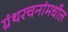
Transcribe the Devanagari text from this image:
ग्रंथरचनांमधील